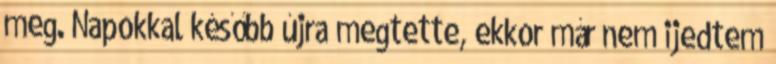
meg. Napokkal később újra megtette, ekkor már nem ijedtem